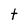
Character: t